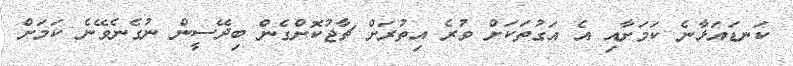
ކަނޑައަޅާނެ ކަމަށާއި އެ އަގުތަކަށް ވުރެ އިތުރަށް ޗާޖުކޮށްގެން ބިދޭސީން ނުގެނެވޭނެ ކަމަށް